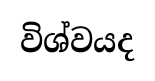
විශ්වයද